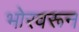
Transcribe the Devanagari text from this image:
भोरवरून